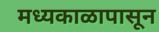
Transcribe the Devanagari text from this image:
मध्यकाळापासून